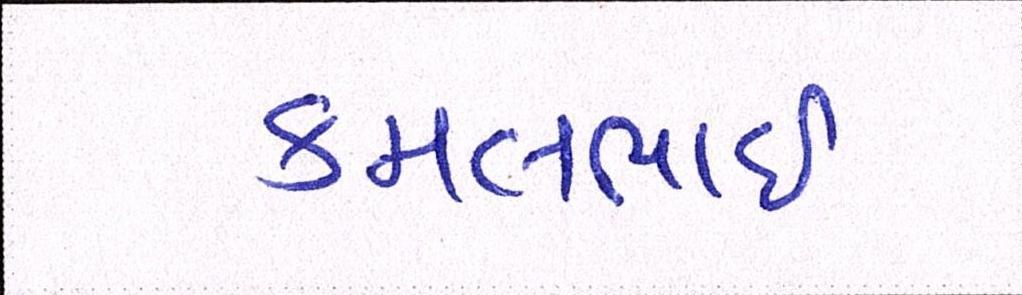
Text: કમલભાઇ